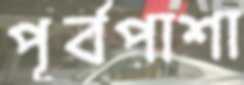
পূর্বপাশা